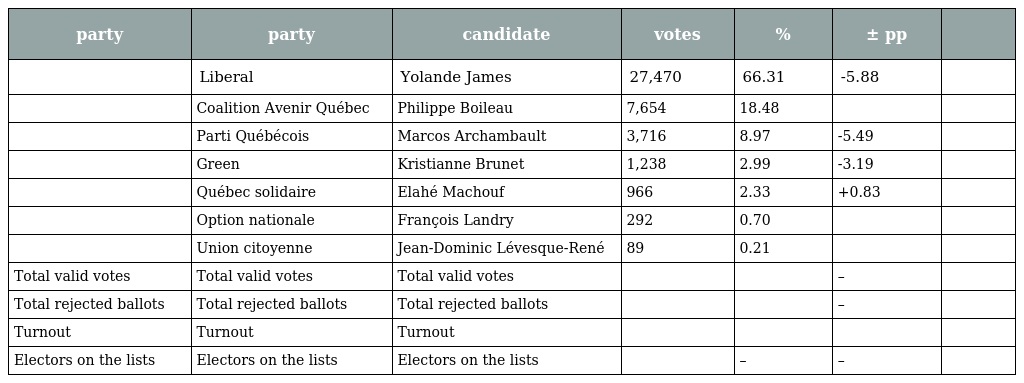
| party | party | candidate | votes | % | ± pp |  |
 | --- | --- | --- | --- | --- | --- | --- |
 |  | Liberal | Yolande James | 27,470 | 66.31 | -5.88 |  |
 |  | Coalition Avenir Québec | Philippe Boileau | 7,654 | 18.48 |  |  |
 |  | Parti Québécois | Marcos Archambault | 3,716 | 8.97 | -5.49 |  |
 |  | Green | Kristianne Brunet | 1,238 | 2.99 | -3.19 |  |
 |  | Québec solidaire | Elahé Machouf | 966 | 2.33 | +0.83 |  |
 |  | Option nationale | François Landry | 292 | 0.70 |  |  |
 |  | Union citoyenne | Jean-Dominic Lévesque-René | 89 | 0.21 |  |  |
 | Total valid votes | Total valid votes | Total valid votes |  |  | – |  |
 | Total rejected ballots | Total rejected ballots | Total rejected ballots |  |  | – |  |
 | Turnout | Turnout | Turnout |  |  |  |  |
 | Electors on the lists | Electors on the lists | Electors on the lists |  | – | – |  |